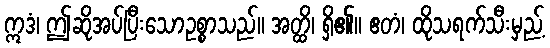
ဣဒံ၊ ဤဆိုအပ်ပြီးသောဥစ္စာသည်။ အတ္ထိ၊ ရှိ၏။ ဧတံ၊ ထိုသရက်သီးမှည့်